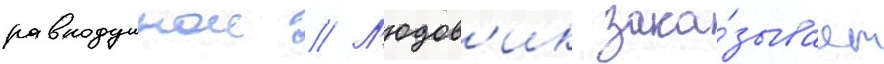
равнодушнои // Л'юдов'ик зака́зывает